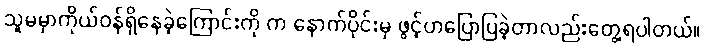
သူမမှာကိုယ်ဝန်ရှိနေခဲ့ကြောင်းကို က နောက်ပိုင်းမှ ဖွင့်ဟပြောပြခဲ့တာလည်းတွေ့ရပါတယ်။